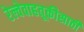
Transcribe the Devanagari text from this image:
रेल्वेवाहतूकीसाठी